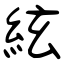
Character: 絃